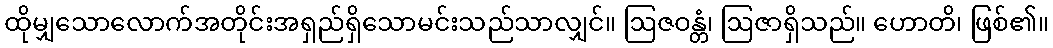
ထိုမျှသောလောက်အတိုင်းအရှည်ရှိသောမင်းသည်သာလျှင်။ ဩဇဝန္တံ၊ ဩဇာရှိသည်။ ဟောတိ၊ ဖြစ်၏။